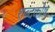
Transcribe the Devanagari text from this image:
शब्‍दकोष